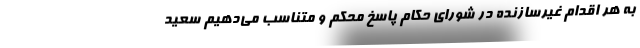
به هر اقدام غیرسازنده در شورای حکام پاسخ محکم و متناسب می‌دهیم سعید